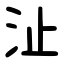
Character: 沚